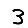
Digit: 3